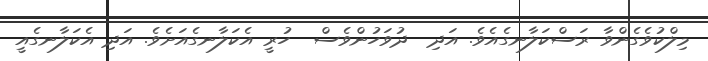
މިލްކުވެގެންވާ ރަސްކަލާނގެއެވެ. އަދި  ދުވަހުންވެސް  ހުރީ އެކަލާނގެއަށެވެ. އަދި އެކަލާނގެއީ